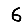
Digit: 6